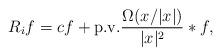
LaTeX: \begin{align*}R_if=cf+\mbox{p.v.}\frac{\Omega(x/|x|)}{|x|^2}*f,\end{align*}